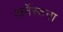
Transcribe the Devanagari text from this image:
अर्नेस्टना